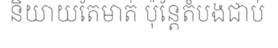
និយាយតែមាត់ ប៉ុន្តែតំបងជាប់